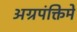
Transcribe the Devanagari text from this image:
अग्रपंक्तिमे